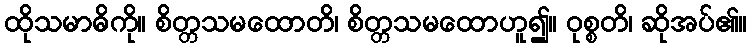
ထိုသမာဓိကို။ စိတ္တသမထောတိ၊ စိတ္တသမထောဟူ၍။ ဝုစ္စတိ၊ ဆိုအပ်၏။